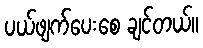
ပယ်ဖျက်ပေးစေ ချင်တယ်။